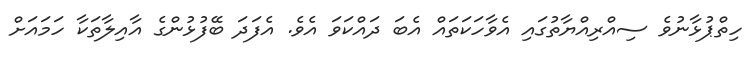
ހިތްޕުޅާނުވެ ސިއްރިއްޔާތުގައި އެވާހަކަތައް އެބަ ދައްކަވަ އެވެ. އެފަދަ ބޭފުޅުންގެ އާއިލާތަކާ ހަމައަށް